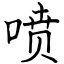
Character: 喷